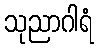
သုညာဂါရံ